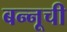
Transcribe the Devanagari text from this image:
बन्नूची